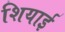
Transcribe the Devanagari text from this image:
शियाई